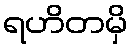
ရဟိတမှိ